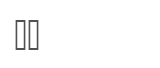
٧٢